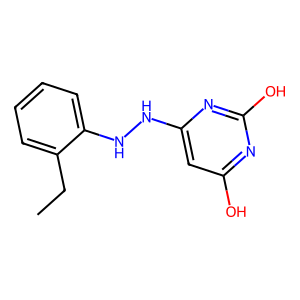
SMILES: CCc1ccccc1NNc1cc(O)nc(O)n1
Inhibits HIV replication: No